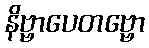
နိဗ္ဗာပေတဗ္ဗော